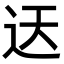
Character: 迗